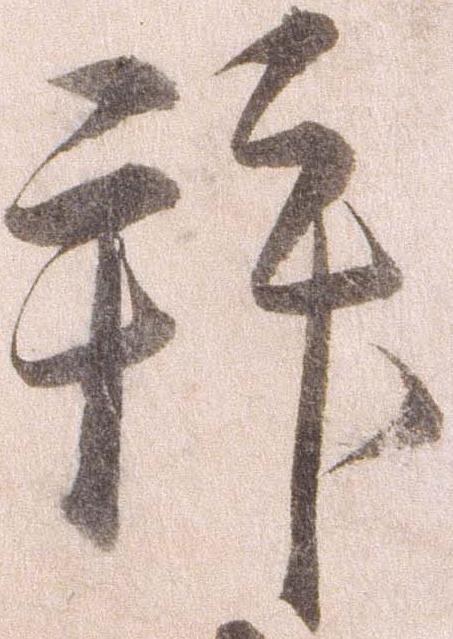
拝